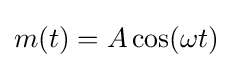
m(t)={A\cos(\omega t)}